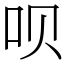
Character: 呗